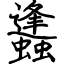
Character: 蠭